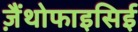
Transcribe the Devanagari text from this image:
ज़ैंथोफाइसिई